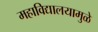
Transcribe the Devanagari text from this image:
महाविद्यालयामुळे